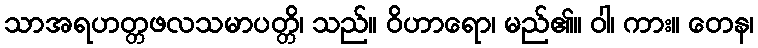
သာအရဟတ္တဖလသမာပတ္တိ၊ သည်။ ဝိဟာရော၊ မည်၏။ ဝါ၊ ကား။ တေန၊